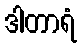
ဒါတာရံ